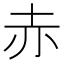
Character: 赤